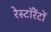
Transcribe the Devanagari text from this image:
रेस्टॉरेंटों